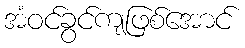
အံဝင်ခွင်ကျဖြစ်အောင်